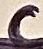
Text: c